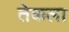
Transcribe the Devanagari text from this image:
तेकला